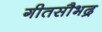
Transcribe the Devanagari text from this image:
गीतसौभद्र